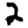
Digit: 2